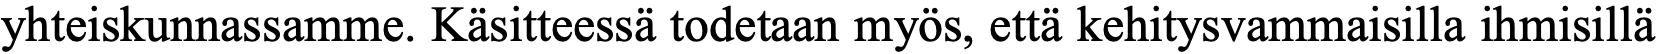
yhteiskunnassamme. Käsitteessä todetaan myös, että kehitysvammaisilla ihmisillä